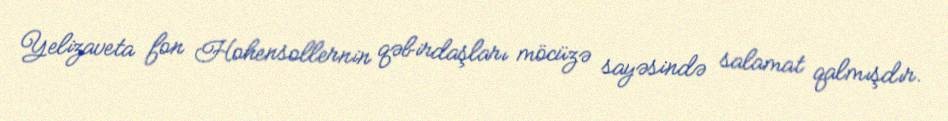
Yelizaveta fon Hohensollernin qəbirdaşları möcüzə sayəsində salamat qalmışdır.